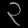
Digit: ၃